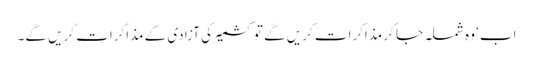
اب‘ وہ شملہ جا کر مذاکرات کریں گے تو کشمیر کی آزادی کے مذاکرات کریں گے۔